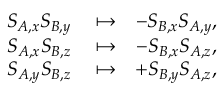
\begin{array} { r l r } { S _ { A , x } S _ { B , y } } & { { } \mapsto } & { - S _ { B , x } S _ { A , y } , } \\ { S _ { A , x } S _ { B , z } } & { { } \mapsto } & { - S _ { B , x } S _ { A , z } , } \\ { S _ { A , y } S _ { B , z } } & { { } \mapsto } & { + S _ { B , y } S _ { A , z } , } \end{array}